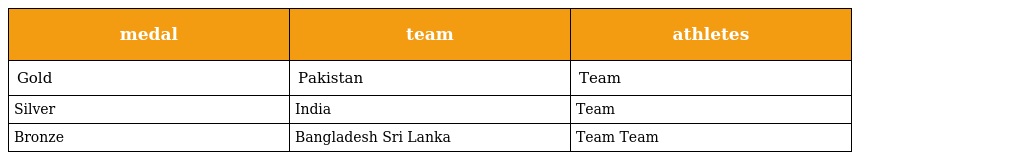
| medal | team | athletes |
 | --- | --- | --- |
 | Gold | Pakistan | Team |
 | Silver | India | Team |
 | Bronze | Bangladesh Sri Lanka | Team Team |